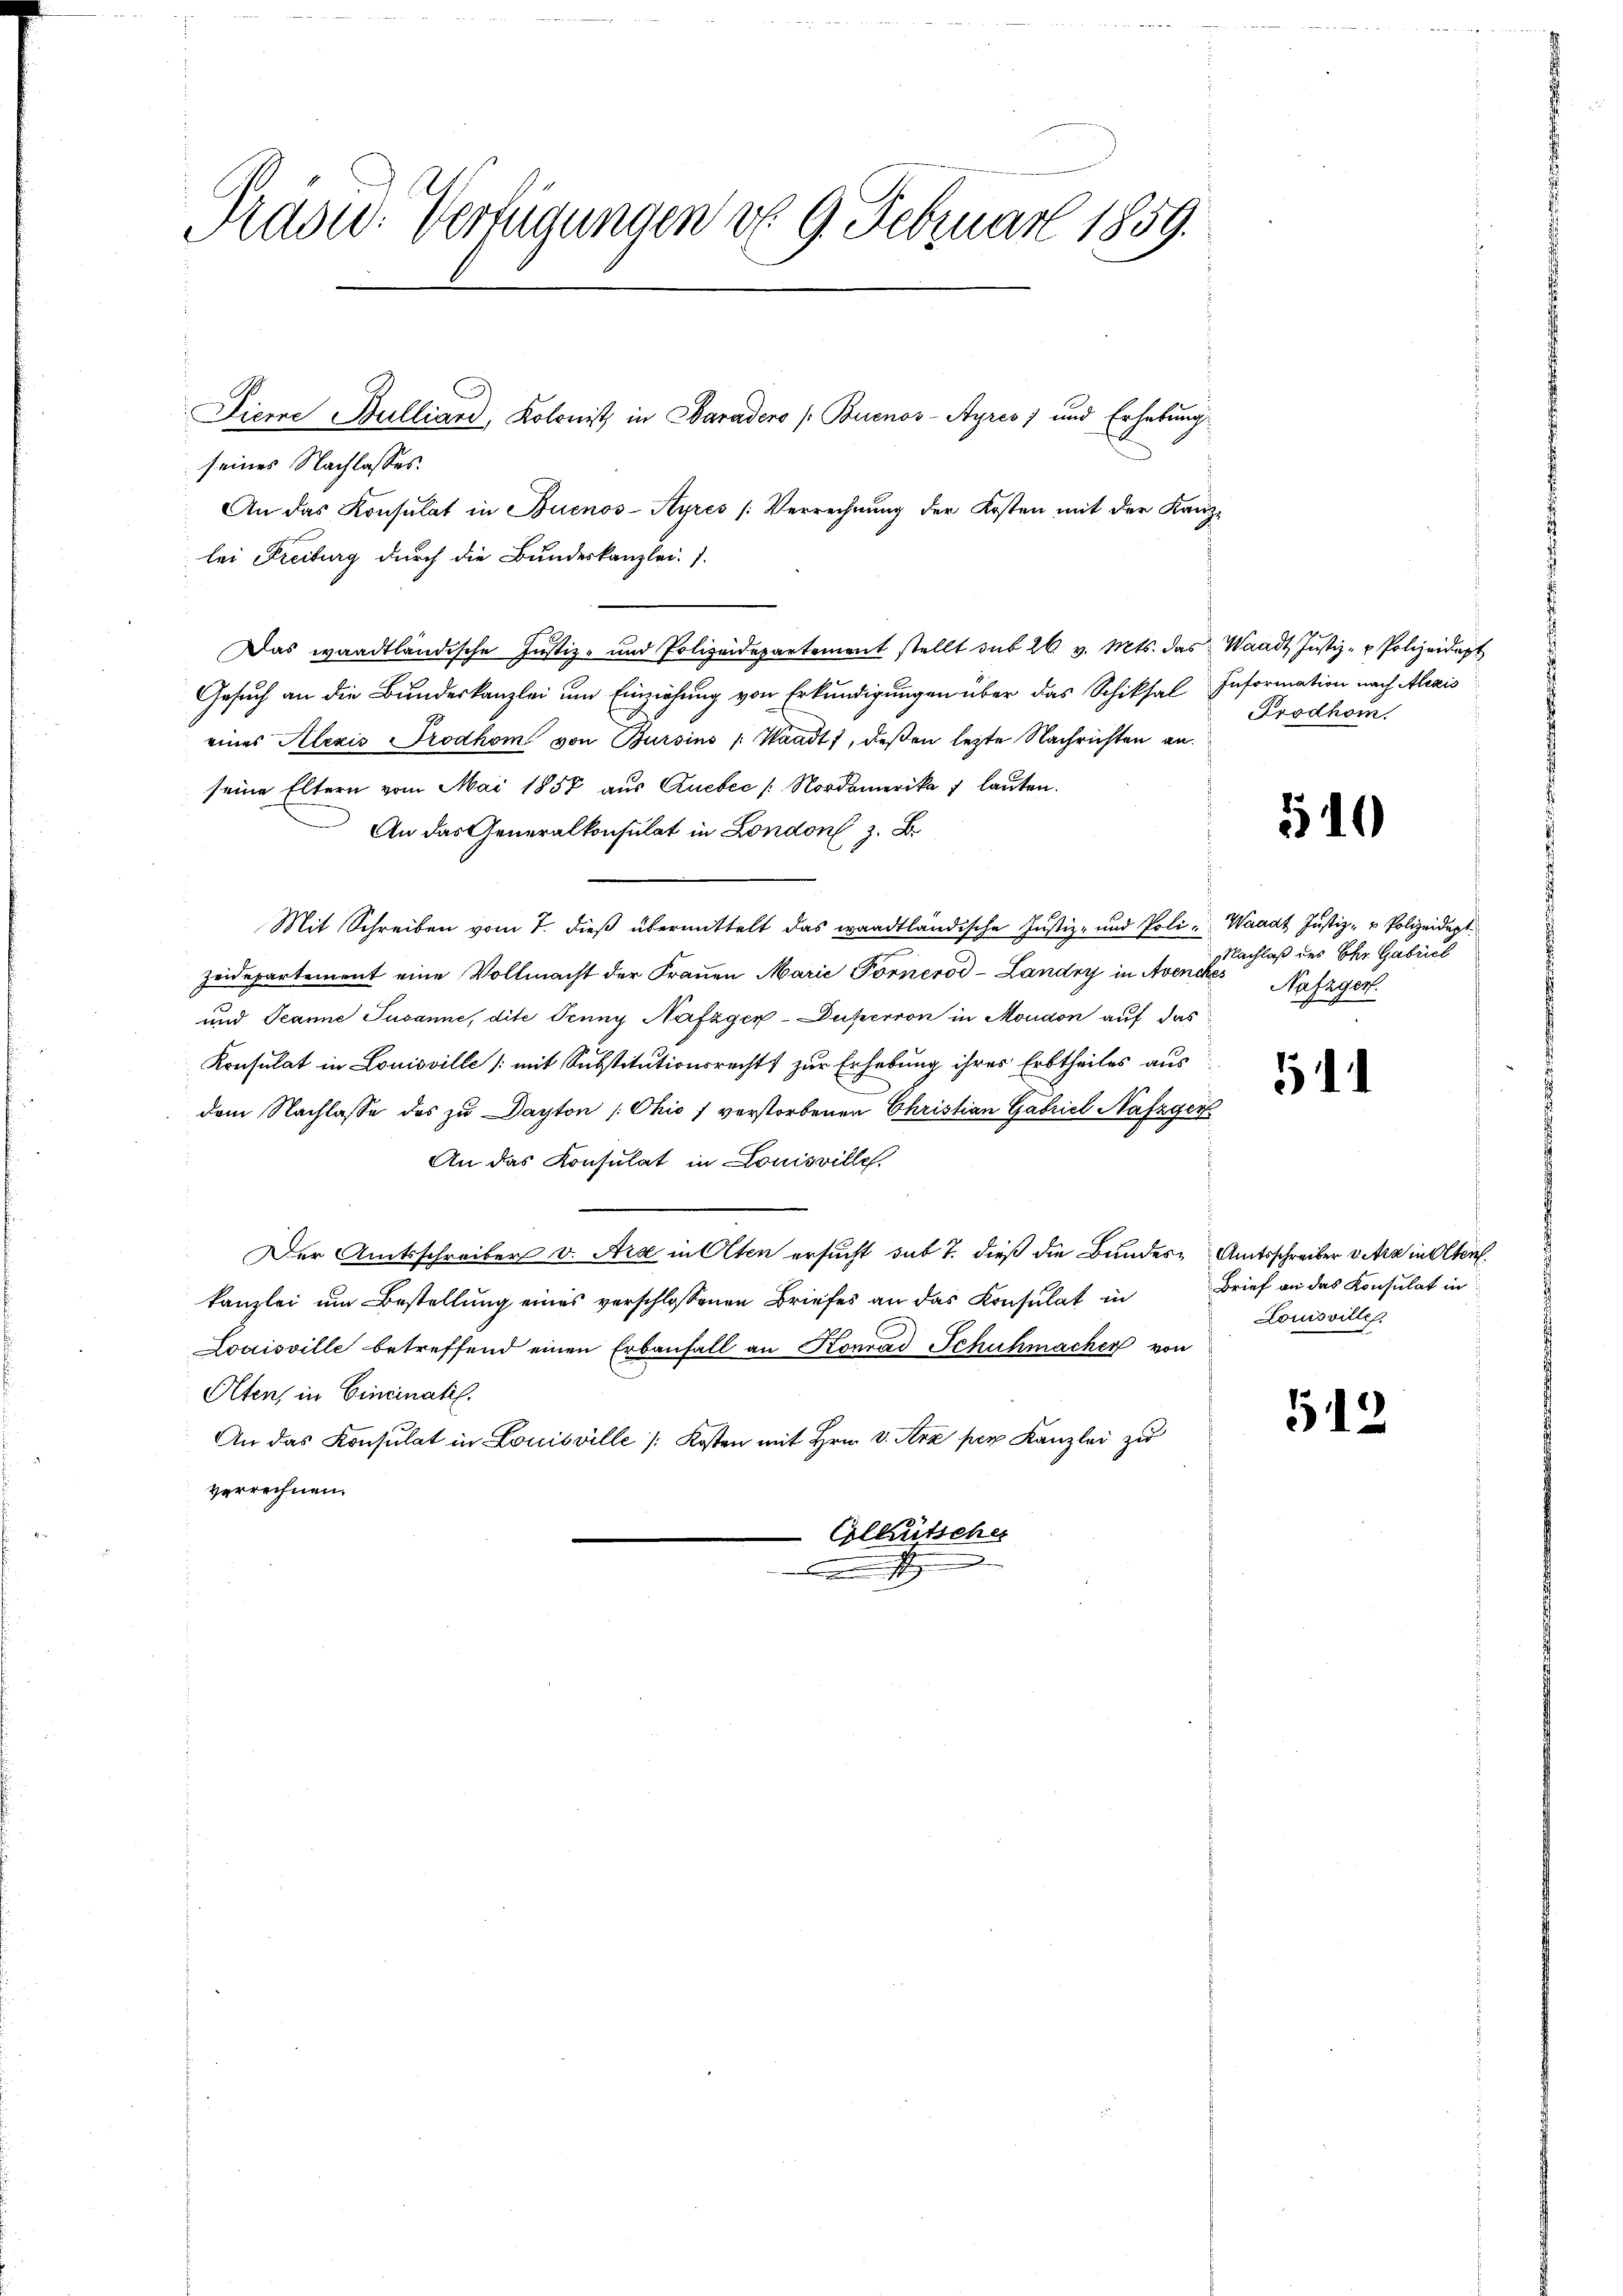
Prasw. Verfügungen d. 9. Februar 1859.

seines Nachlasses.
An das Konsulat in Buenos-Ayres (Verrechnung der Kosten mit der Kanzlei Freiburg durch die Bundeskanzlei. 1.
Das waadtländische Justiz- und Polizeidepartement stellt sub 26 v. Mts. das Waadt Jŭstiz- u Polizeidept
Gesuch an die Bundeskanzlei um Einziehung von Erkundigungen über das Schiksal Information nach Alexis
eines Alexis Trodhöm von Bursins Waadt, deßen lezte Nachrichten an.
seine Eltern vom Mai 1857 aus Zucbec / Nordamerika 7 lauten.
An das Generalkonsulat in London z. B.
Mit Schreiben vom 7. dieß übermittelt das waadtländische Justiz- und Poli- Waadt Justiz- & Polizeidept.
Zeidepartement eine Vollmacht der Frauen Marie Fornerod-Landry in Avenches Nafagen
und Jeanne Susanne, dite Trung Nafzger-Duperson in Moudon auf das
Konsulat in Louisville (mit Substitutionsrechts zur Erhebung ihres Erbtheiles aus
dem Nachlasse des zu Dayton /: Ohio 1 verstorbenen Christian Gabriel Nafzger
An das Konsulat in Louisvilles.
Der Amtsschreiber v. Art in Olten ersucht sub 7. dieß die Bundes Amtsschreiber v. Ara in Olten
kanzlei um Bestellung eines verschlossenen Briefes an das Konsulat in
Louisville betreffend einen Erbanfall an Konrad Schuhmacher von
Olten, in Cincinatis.
An das Konsulat in Louisville /: Kosten mit Hrn. v. Aera per Kanzlei zu
verrechnen.
 Colletscher
2
.

Pierre Bulliard, Kolonist in Paradero (Buenos-Ayres) und Erhebung

Prodhom.

510

Nachlaß des Chr. Gabrich

11

Brief an das Konsulat in
Louisville.

512